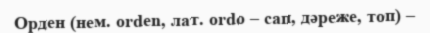
Орден (нем. оrden, лат. ordo – сап, дәреже, топ) –